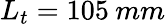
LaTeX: L_{t}=105\: mm